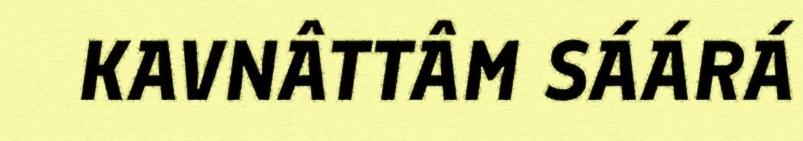
KAVNÂTTÂM SÁÁRÁ